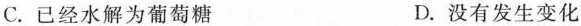
C. 已经水解为葡萄糖 D. 没有发生变化